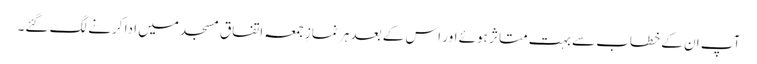
آپ ان کے خطاب سے بہت متاثر ہوئے اور اس کے بعد ہر نمازِ جمعہ اتفاق مسجد میں ادا کرنے لگ گئے۔